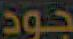
جود